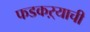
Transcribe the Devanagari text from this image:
फडकऱ्याची